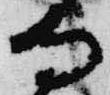
寺